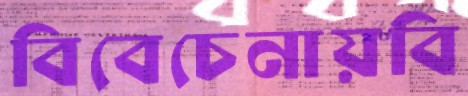
বিবেচেনায়বি